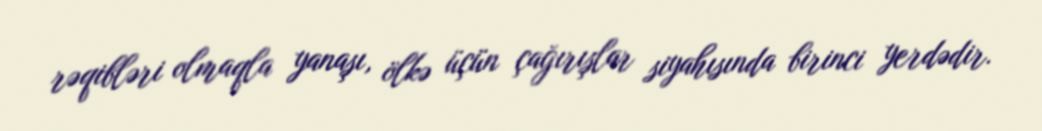
rəqibləri olmaqla yanaşı, ölkə üçün çağırışlar siyahısında birinci yerdədir.